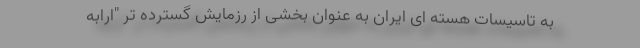
به تاسیسات هسته ای ایران به عنوان بخشی از رزمایش گسترده تر "ارابه